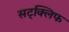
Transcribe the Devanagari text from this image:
सट्क्लिफ